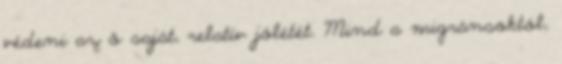
védeni az ő saját, relatív jólétét. Mind a migránsoktól,